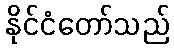
နိုင်ငံတော်သည်